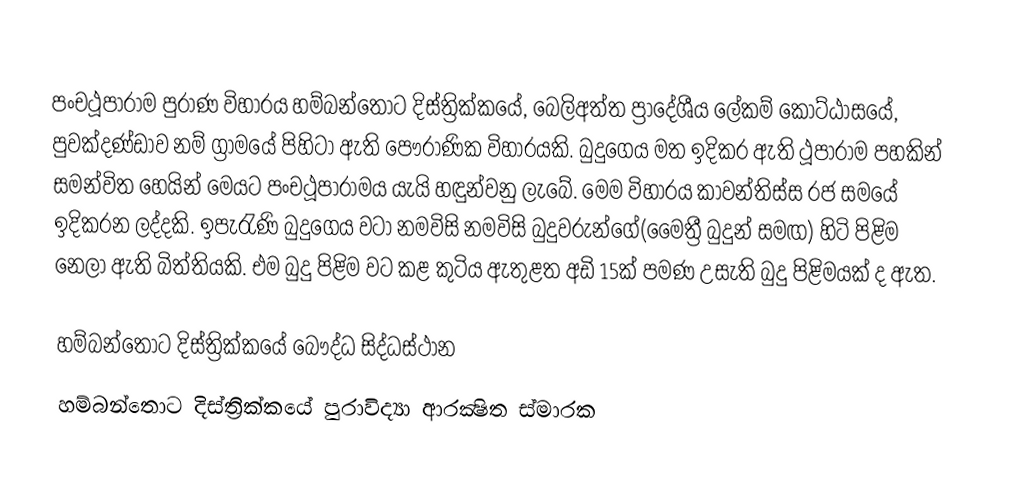
පංචථූපාරාම පුරාණ විහාරය හම්බන්තොට දිස්ත්‍රික්කයේ, බෙලිඅත්ත ප්‍රාදේශීය ලේකම් කොට්ඨාසයේ, පුවක්දණ්ඩාව නම් ග්‍රාමයේ පිහිටා ඇති පෞරාණික විහාරයකි. බුදුගෙය මත ඉදිකර ඇති ථූපාරාම පහකින් සමන්විත හෙයින් මෙයට පංචථූපාරාමය යැයි හඳුන්වනු ලැබේ. මෙම විහාරය කාවන්තිස්ස රජ සමයේ ඉදිකරන ලද්දකි. ඉපැරැණි බුදුගෙය වටා නමවිසි නමවිසි බුදුවරුන්ගේ(මෛත්‍රී බුදුන් සමඟ) හිටි පිළිම නෙලා ඇති බිත්තියකි. එම බුදු පිළිම වට කළ කුටිය ඇතුළත අඩි 15ක් පමණ උසැති බුදු පිළිමයක් ද ඇත.

හම්බන්තොට දිස්ත්‍රික්කයේ බෞද්ධ සිද්ධස්ථාන
හම්බන්තොට දිස්ත්‍රික්කයේ පුරාවිද්‍යා ආරක්‍ෂිත ස්මාරක